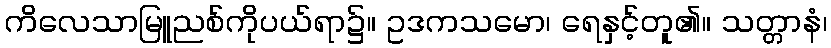
ကိလေသာမြူညစ်ကိုပယ်ရာ၌။ ဥဒကသမော၊ ရေနှင့်တူ၏။ သတ္တာနံ၊